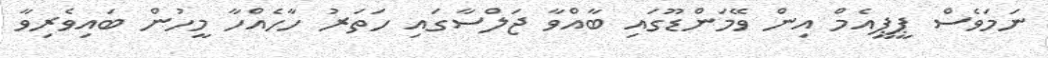
ނަމަވެސް ޕީޕީއެމް އިން ވޭމަންޑޫގައި ބާއްވާ ޖަލްސާގައި ހަތަރު ހާހެއްހާ މީހުން ބައިވެރިވާ